Report of the Municipal Commissioner on the plague in Bombay for the year ending 31st May... - Volume 2
Disease focus: Plague
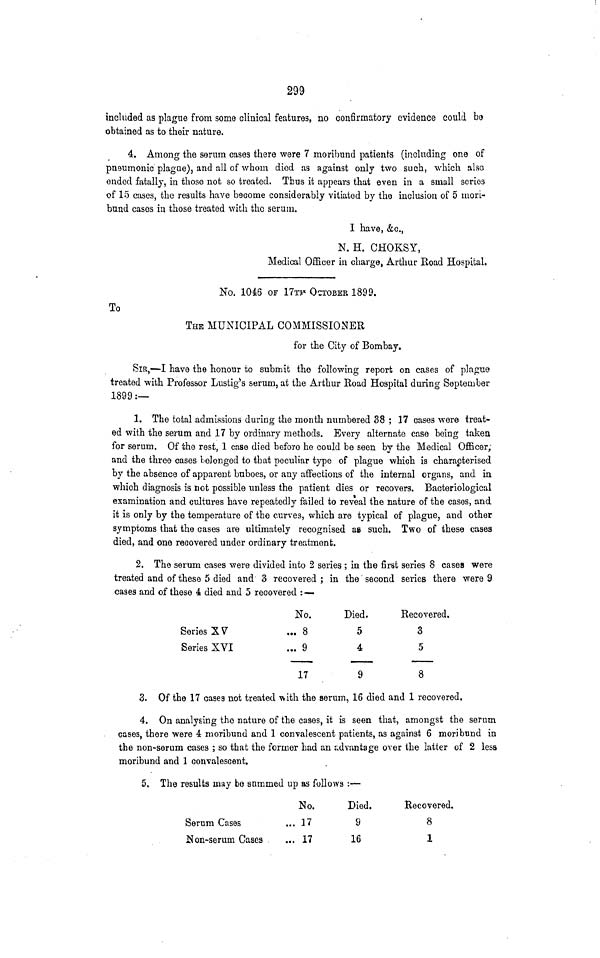
299
included as plague from some clinical features, no confirmatory evidence could b0
obtained as to their nature.
4. Among the serum cases there were 7 moribund patients (including one of
pneumonic plague), and all of whom died as against only two such, which also
ended fatally, in those not so treated. Thus it appears that even in a small series
of 15 cases, the results have become considerably vitiated by the inclusion of 5 mori-
bund cases in those treated with the serum.
I have, &c.,
N. H. CHOKSY,
Medical Officer in charge, Arthur Road Hospital.
No. 1046 OF 17TP OCTOBER 1899.
To
THE MUNICIPAL COMMISSIONER
for the City of Bombay.
SIB,—I have the honour to submit the following report on cases of plague
treated with Professor Lustig^s serum, at the Arthur Road Hospital during September
1899 :—
1. The total admissions during the month numbered 38 ; 17 cases were treat-
ed with the serum and 17 by ordinary methods. Every alternate case being taken
for serum. Of the rest, 1 case died before he could be seen by the Medical Officer;
and the three cases belonged to tbat peculiar type of plague which is characterised
by the absence of apparent buboes, or any affections of the internal organs, and in
which diagnosis is not possible unless the patient dies or recovers. Bacteriological
examination and cultures have repeatedly failed to reveal the nature of the cases, and
it is only by the temperature of the curves, which are typical of plague, and other
symptoms that the cases are ultimately recognised as such. Two of these cases
died, and one recovered under ordinary treatment.
2. The serum cases were divided into 2 series ; in the first series 8 cases were
treated and of these 5 died and 3 recovered ; in the second series there were 9
cases and of these 4 died and 5 recovered : —
Series XV
Series XVI
No.
... 8
... 9
17
Died.
5
4
9
Recovered.
3
5
8
3. Of the 17 casea not treated \vith the serum, 16 died and 1 recovered.
4. On analysing the nature of the cases, it is seen that, amongst the serum
cases, there were 4 moribund and 1 convalescent patients, as against 6 moribund in
the non-serum cases ; so that the former had an advantage over the latter of 2 less
moribund and 1 convalescent.
5. The results may be summed up as follows :—
Serum Cases
Non-serum Cases
No.
... 17
... 17
Died.
9
16
Recovered.
8
1